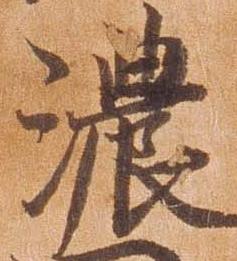
濃